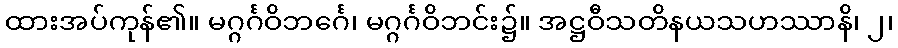
ထားအပ်ကုန်၏။ မဂ္ဂင်္ဂဝိဘင်္ဂေ၊ မဂ္ဂင်္ဂဝိဘင်း၌။ အဋ္ဌဝီသတိနယသဟဿာနိ၊ ၂၊